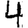
Digit: 4